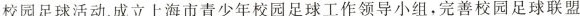
校园足球活动。成立上海市青少年校园足球工作领导小组，完善校园足球联盟